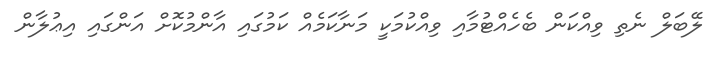
ލޭބަލް ނެތި ވިއްކަން ބެހެއްޓުމާއި ވިއްކުމަކީ މަނާކަމެއް ކަމުގައި އާންމުކޮށް އަންގައި އިޢުލާން